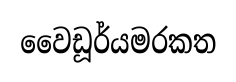
වෛඩූර්යමරකත